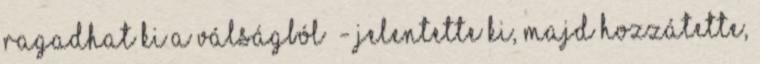
ragadhat ki a válságból” - jelentette ki, majd hozzátette,